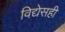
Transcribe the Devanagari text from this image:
विद्येसही